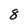
Character: 8